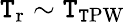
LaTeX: \mathtt{T}_{\mathrm{{r}}}\sim\mathtt{T}_{\mathrm{{\mathtt{T}PW}}}